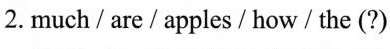
2.much/are/apples/how / the (?)